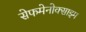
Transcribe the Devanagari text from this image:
सेफमेनोक्साइम